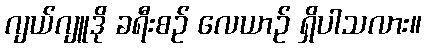
ဂျယ်ဂျူဒို ခရီးစဉ် လေယာဉ် ရှိပါသလား။